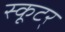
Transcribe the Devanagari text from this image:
स्कूटर्